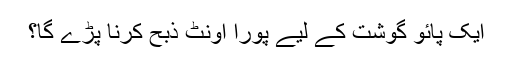
ایک پائو گوشت کے لیے پورا اونٹ ذبح کرنا پڑے گا؟